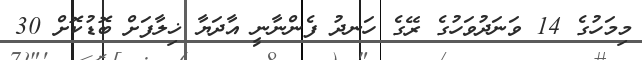
މިމަހުގެ 14 ވަނަދުވަހުގެ ރޭގެ ހަނދު ފެންނާނީ އާދަޔާ ޚިލާފަށް ބޮޑުކޮށް 30